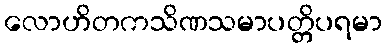
လောဟိတကသိဏသမာပတ္တိပရမာ